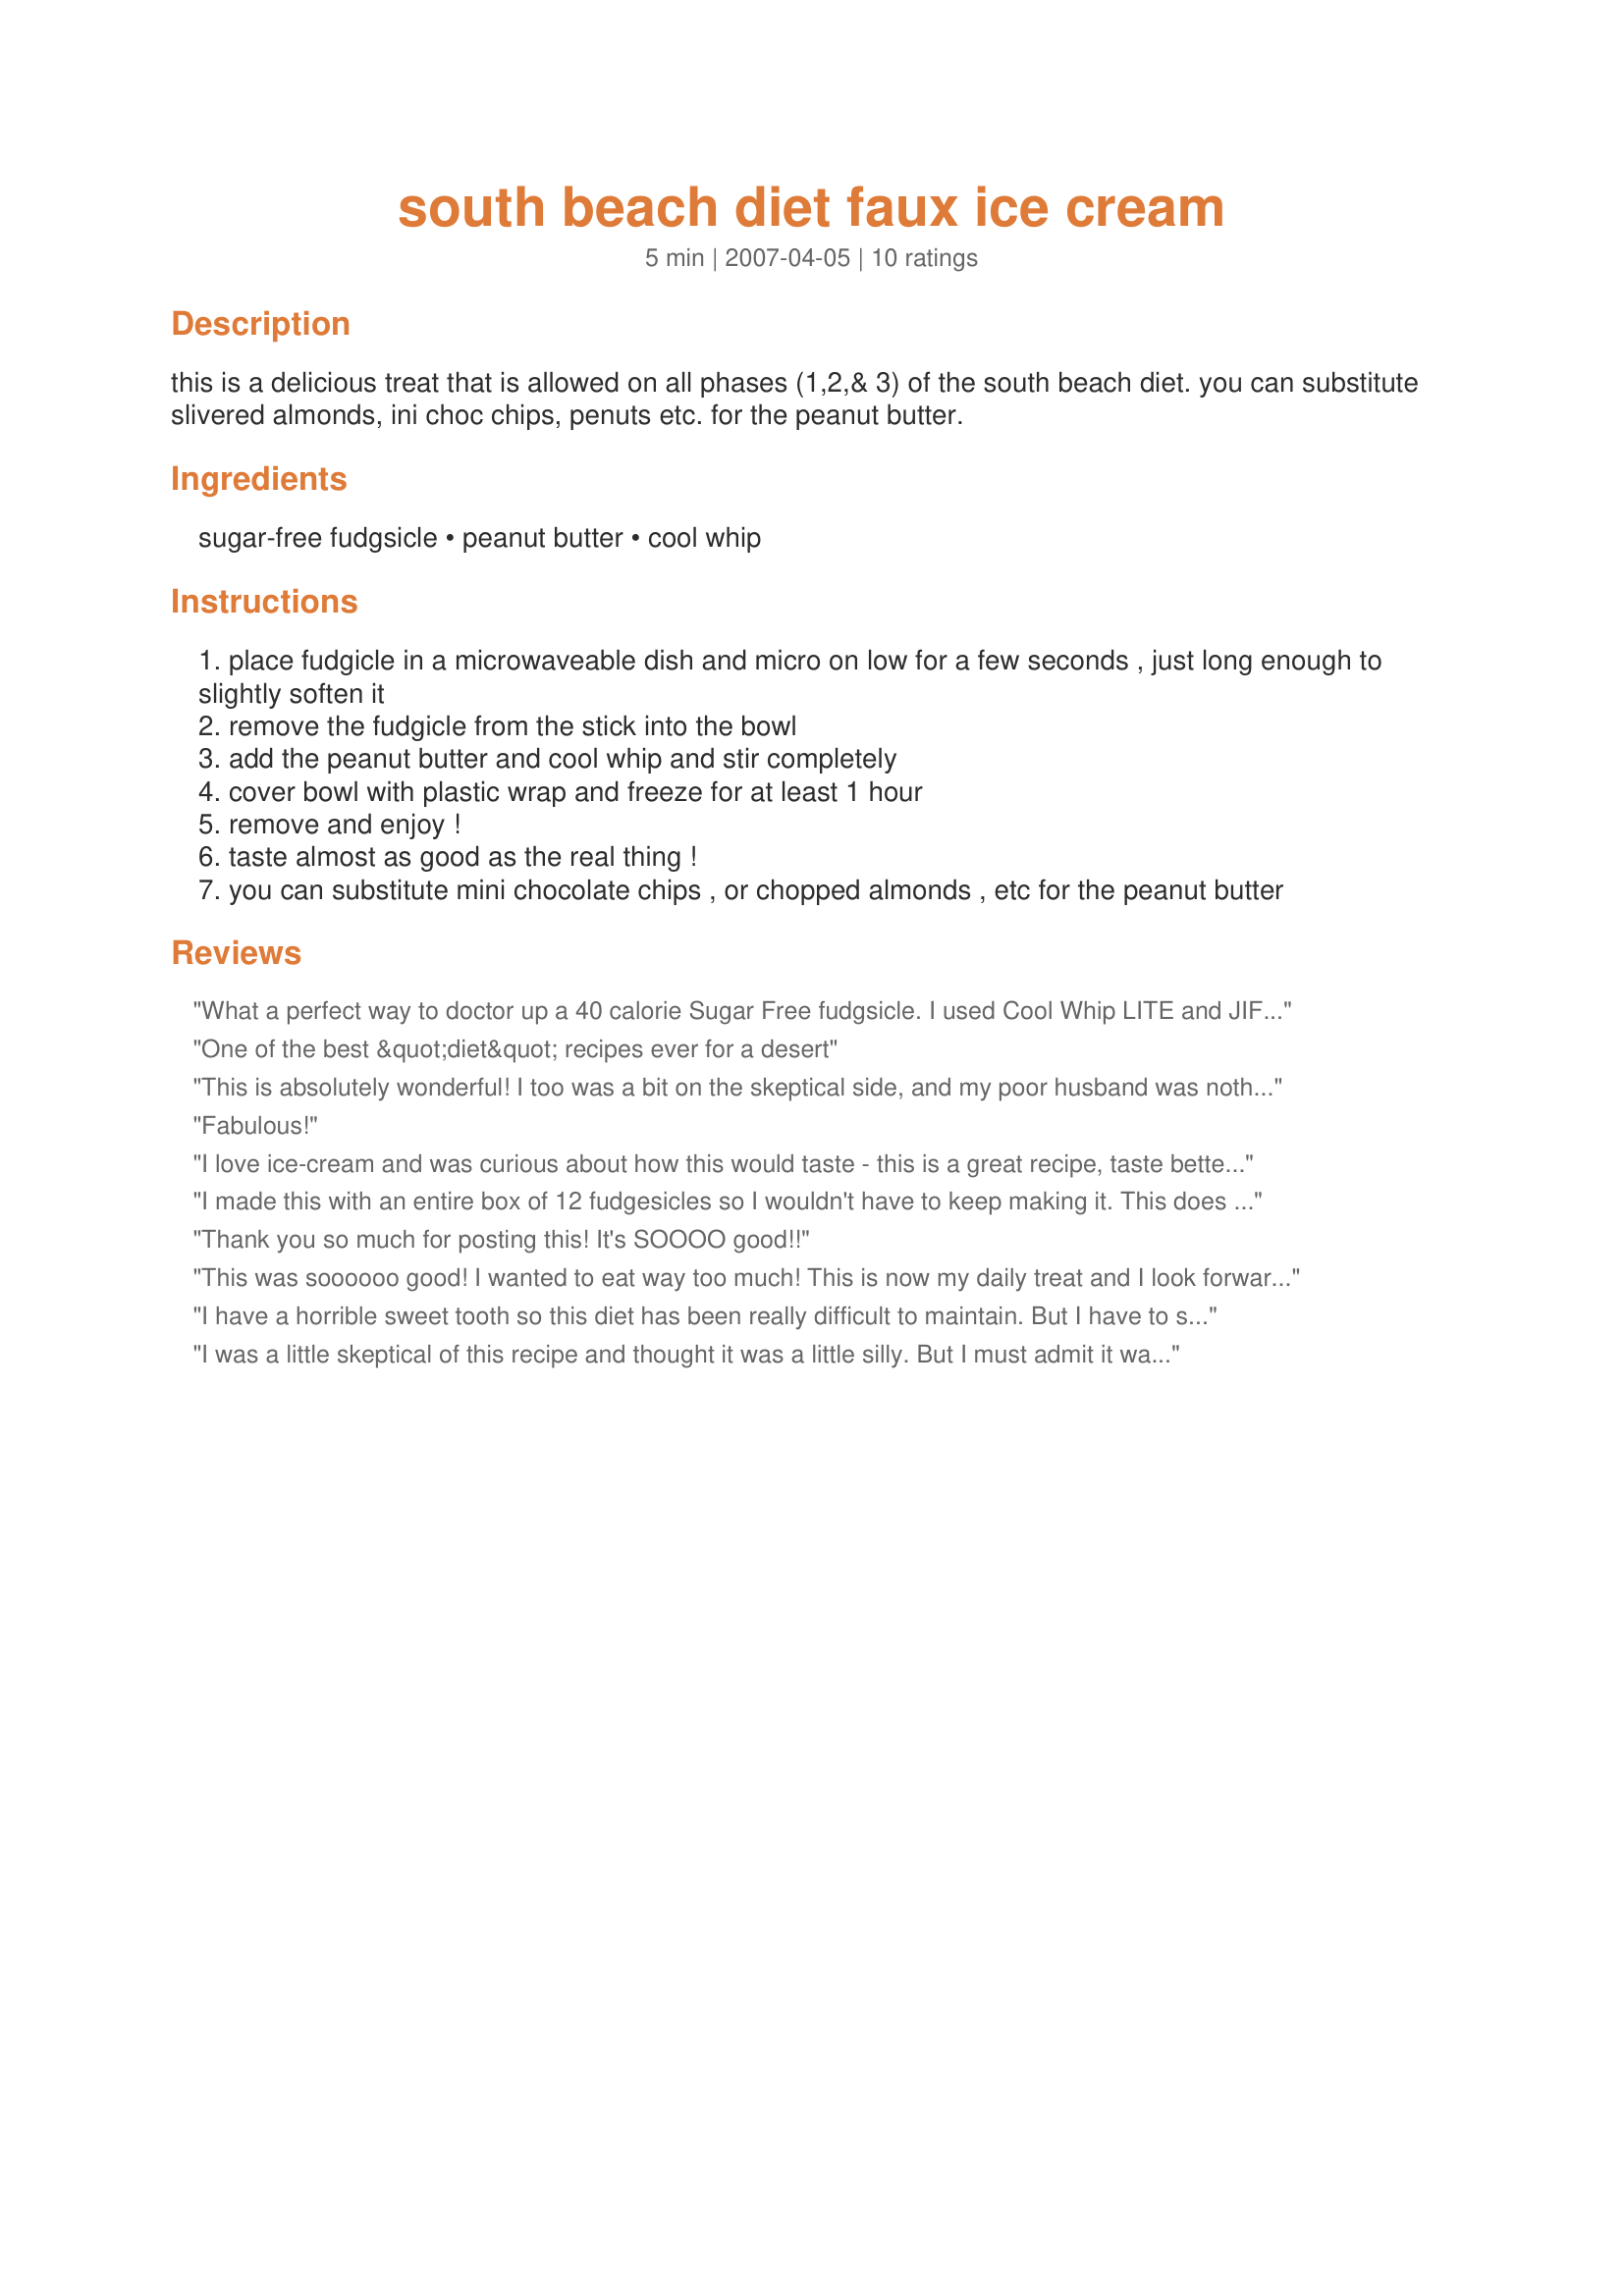
south beach diet faux ice cream
Preparation time: 5 minutes

this is a delicious treat that is allowed on all phases (1,2,& 3) of the south beach diet.
you can substitute slivered almonds, ini choc chips, penuts etc. for the peanut butter.

Ingredients:
sugar-free fudgsicle, peanut butter, cool whip

Steps:
place fudgicle in a microwaveable dish and micro on low for a few seconds , just long enough to slightly soften it
remove the fudgicle from the stick into the bowl
add the peanut butter and cool whip and stir completely
cover bowl with plastic wrap and freeze for at least 1 hour
remove and enjoy !
taste almost as good as the real thing !
you can substitute mini chocolate chips , or chopped almonds , etc for the peanut butter

Reviews:
What a perfect way to doctor up a 40 calorie Sugar Free fudgsicle. I used Cool Whip LITE and JIF all-natural peanut butter. This will become a staple last minute dessert in our household. I'll probably tinker with the amount of peanut butter and cool whip to ensure the calorie count stays low, but this is a keeper. Thanks for sharing.
One of the best &quot;diet&quot; recipes ever for a desert
This is absolutely wonderful! I too was a bit on the skeptical side, and my poor husband was nothing but skeptical about this... but I'm glad I made this anyway. My husband devoured his! We both agree that this concoction is actually better than the peanut butter ice creams in the stores. And my husband does not like imitations. AT ALL. HE asked for seconds. I'm emailing this to everyone I know! We both agree; this is a five star recipe! Try it! Thank you, chef!
Fabulous!
I love ice-cream and was curious about how this would taste - this is a great recipe, taste better than the real thing. My kids were laughing at me while I made it, but once they tasted it - they loved it! this will be a staple in our household
I made this with an entire box of 12 fudgesicles so I wouldn't have to keep making it. This does taste better than store bought PB and Chocolate ice cream. I used Adams all natural PB becuase it's low in sugar and SF whip topping. This is a new favorite I will make always!!!
Thank you so much for posting this! It's SOOOO good!!
This was soooooo good! I wanted to eat way too much! This is now my daily treat and I look forward to it very much! I use the sugar free or light cool whip and Adams crunchy peanut butter. Heavenly!
I have a horrible sweet tooth so this diet has been really difficult to maintain. But I have to say that this recipe is awesome my husband and I love it. Even when I loose all the weoght I have to I'll keep eating this, it's so good. Thanks
I was a little skeptical of this recipe and thought it was a little silly. But I must admit it was soo good. Definitely helpd my crazings. This is a keeper!
